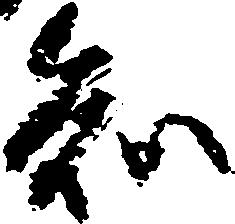
知